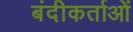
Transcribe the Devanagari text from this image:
बंदीकर्ताओं